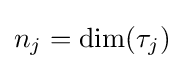
n_{j}=\dim(\tau _{j})